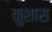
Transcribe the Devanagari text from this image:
कुशास